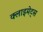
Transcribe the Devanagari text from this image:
क्लाइमेट्स